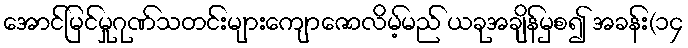
အောင်မြင်မှုဂုဏ်သတင်းများကျောဇောလိမ့်မည် ယခုအချိန်မှစ၍ အခန်း(၁၄